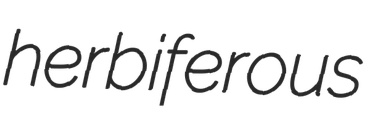
herbiferous